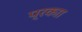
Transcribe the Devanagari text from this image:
प्रकाा